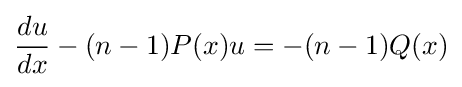
{\frac {du}{dx}}-(n-1)P(x)u=-(n-1)Q(x)